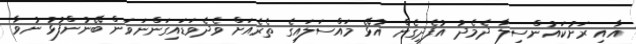
އާއި ރަށުކައުންސިލާ ދެމެދު އުފެދިގެން އުޅޭ މައްސަލައިގެ ތެރެއަށް ވެދެވަޑައިގަންނަވަން ބޭނުންފުޅު ނުވާ